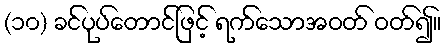
(၁၀) ခင်ပုပ်တောင်ဖြင့် ရက်သောအဝတ် ဝတ်၍။